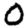
Digit: 0